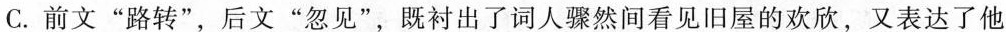
C.前文”路转”，后文”忽见”，既衬出了词人骤然间看见旧屋的欢欣，又表达了他